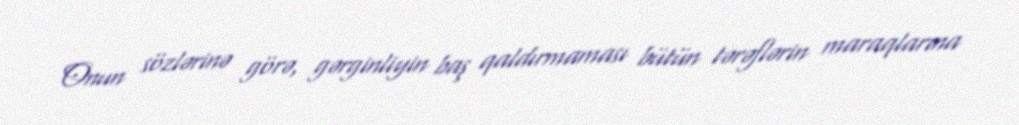
Onun sözlərinə görə, gərginliyin baş qaldırmaması bütün tərəflərin maraqlarına